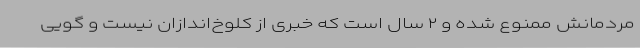
مردمانش ممنوع شده و ۲ سال است که خبری از کلوخ‌اندازان نیست و گویی